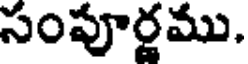
సంపూర్ణము.